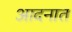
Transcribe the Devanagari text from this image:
आदनात